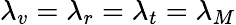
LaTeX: \lambda_{v}=\lambda_{r}=\lambda_{t}=\lambda_{M}